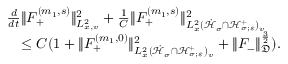
\begin{array} { r l } & { \frac { d } { d t } \| F _ { + } ^ { ( m _ { 1 } , s ) } \| _ { L _ { x , v } ^ { 2 } } ^ { 2 } + \frac { 1 } { C } \| F _ { + } ^ { ( m _ { 1 } , s ) } \| _ { L _ { x } ^ { 2 } ( \dot { \mathcal H } _ { \sigma } \cap \mathcal H _ { \sigma ; \varepsilon } ^ { + } ) _ { v } } ^ { 2 } } \\ & { \quad \leq C ( 1 + \| F _ { + } ^ { ( m _ { 1 } , 0 ) } \| _ { L _ { x } ^ { 2 } ( \dot { \mathcal H } _ { \sigma } \cap \mathcal H _ { \sigma ; \varepsilon } ^ { + } ) _ { v } } ^ { 2 } + \| F _ { - } \| _ { \mathfrak D } ^ { \frac { 3 } { 2 } } ) . } \end{array}